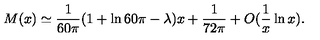
M ( x ) \simeq { \frac { 1 } { 6 0 \pi } } ( 1 + \ln 6 0 \pi - \lambda ) x + { \frac { 1 } { 7 2 \pi } } + O ( { \frac { 1 } { x } } \ln x ) .